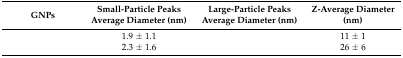
<table><thead><tr><td><b>GNPs</b></td><td><b>Small-Particle Peaks Average Diameter (nm)</b></td><td><b>Large-Particle Peaks Average Diameter (nm)</b></td><td><b>Z-Average Diameter (nm)</b></td></tr></thead><tbody><tr><td>[EMPTY_CELL]</td><td>1.9 ± 1.1</td><td>[EMPTY_CELL]</td><td>11 ± 1</td></tr><tr><td>[EMPTY_CELL]</td><td>2.3 ± 1.6</td><td>[EMPTY_CELL]</td><td>26 ± 6</td></tr></tbody></table>